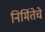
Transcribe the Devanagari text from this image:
निर्मितेचे